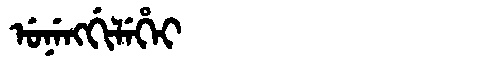
Manchu: ᡠᠨᡝᠩᡤᡳᠯᡝᡥᡝᡳ
Romanization: UNENGGILEHEI